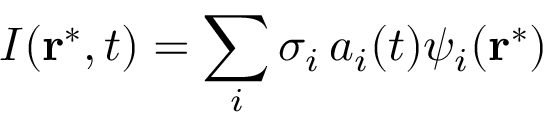
I ( \mathbf { r ^ { * } } , t ) = \sum _ { i } \sigma _ { i } \, a _ { i } ( t ) \psi _ { i } ( \mathbf { r ^ { * } } )